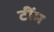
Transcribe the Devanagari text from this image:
टींम